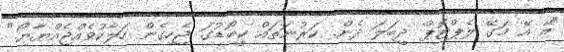
"އޭ އޭ މަގޭ ލެޕްޓޮޕް ދީބަލަ ދެން. ކަރުނަތައް ކީބޯޑުގަ ޖެހިގެން ހަލާކުވެއްޖެއްޔާޔޯ."